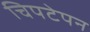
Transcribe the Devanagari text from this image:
चिपटेपन